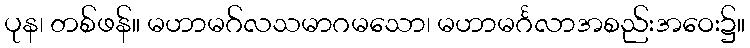
ပုန၊ တစ်ဖန်။ မဟာမဂ်လသမာဂမသော၊ မဟာမင်္ဂလာအစည်းအဝေး၌။